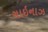
ચાઇનાઝ